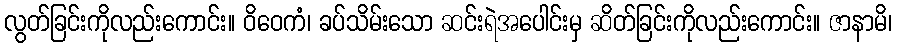
လွတ်ခြင်းကိုလည်းကောင်း။ ဝိဝေကံ၊ ခပ်သိမ်းသော ဆင်းရဲအပေါင်းမှ ဆိတ်ခြင်းကိုလည်းကောင်း။ ဇာနာမိ၊